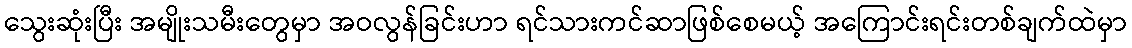
သွေးဆုံးပြီး အမျိုးသမီးတွေမှာ အဝလွန်ခြင်းဟာ ရင်သားကင်ဆာဖြစ်စေမယ့် အကြောင်းရင်းတစ်ချက်ထဲမှာ